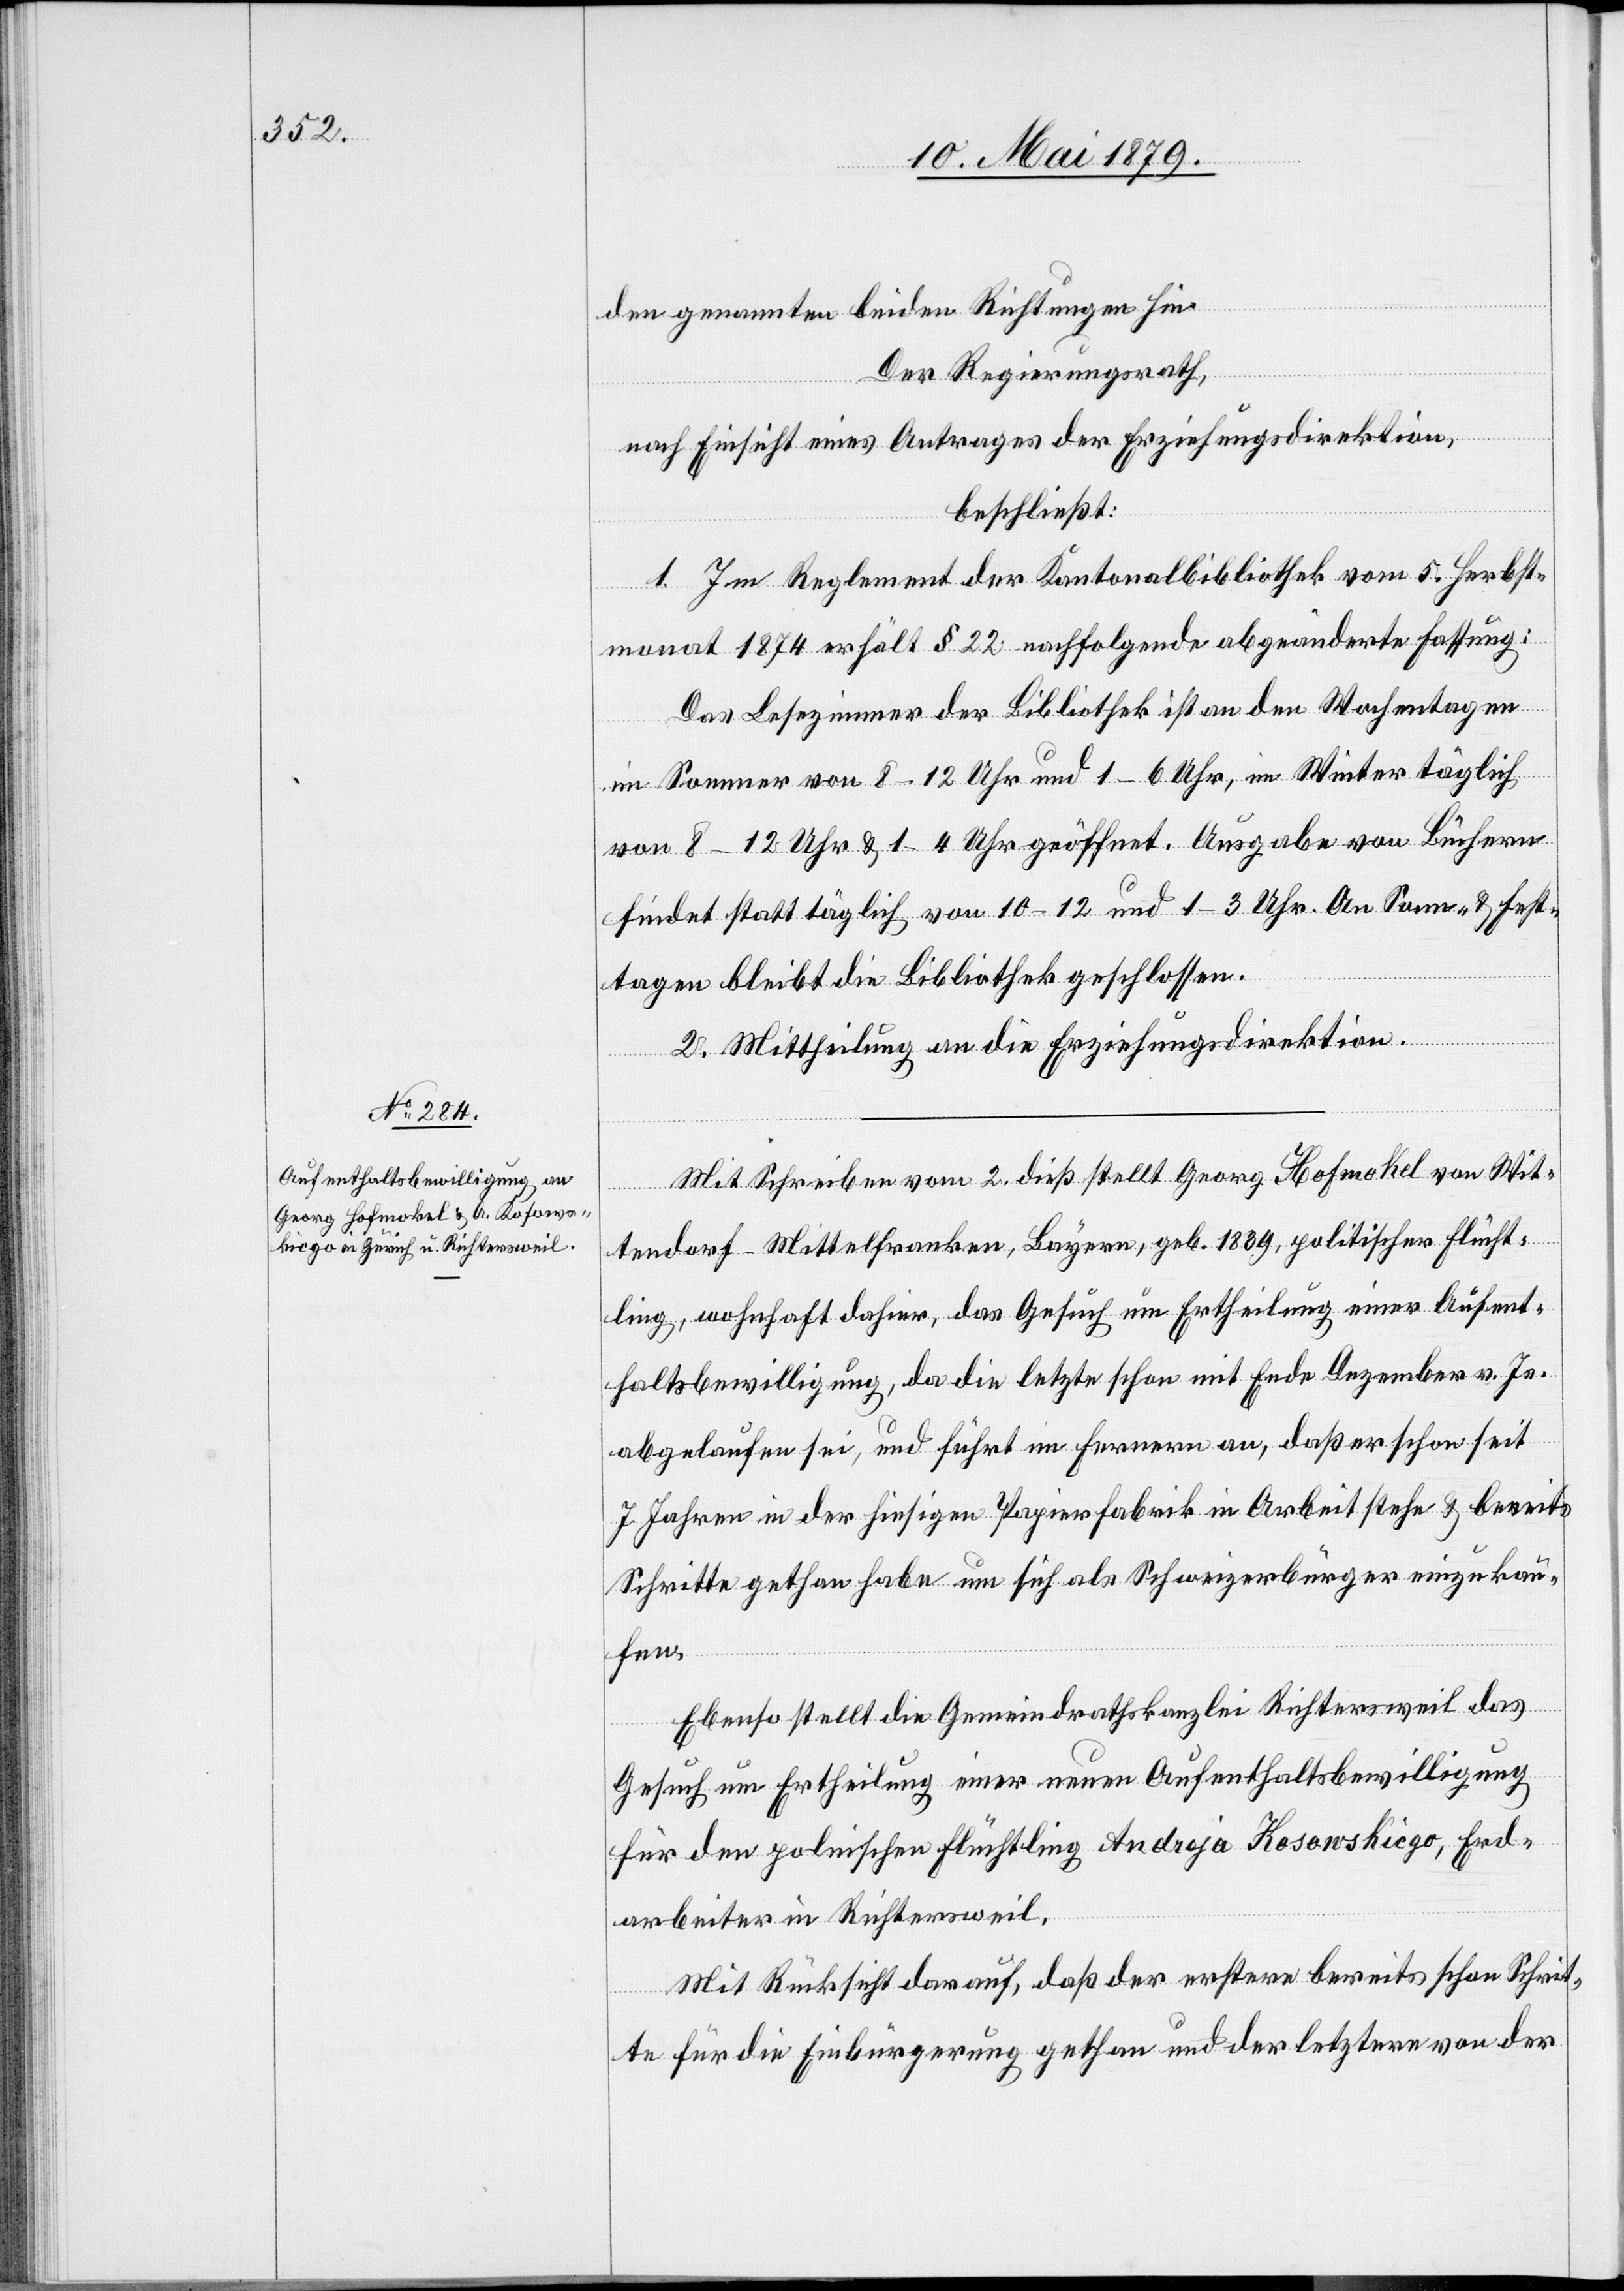
den genannten beiden Richtungen hin.
Der Regierungsrath,
nach Einsicht eines Antrages der Erziehungsdirektion,
beschließt:
1. Im Reglement der Kantonalbibliothek vom 5. Herbst¬
monat 1874 erhält § 22 nachfolgende abgeänderte Fassung:
Das Lesezimmer der Bibliothek ist an den Wochentagen
im Sommer von 8–12 Uhr und 1–6 Uhr, im Winter täglich
von 8–12 Uhr & 1–4 Uhr geöffnet. Ausgabe von Büchern
findet statt täglich von 10–12 und 1–3 Uhr. An Sonn- & Fest¬
tagen bleibt die Bibliothek geschlossen.
2. Mittheilung an die Erziehungsdirektion.
Mit Schreiben vom 2. dieß stellt Georg Hofmokel von Wit¬
tendorf – Mittelfranken, Bayern, geb. 1839, politischer Flücht¬
ling, wohnhaft dahier, das Gesuch um Ertheilung einer Aufent¬
haltsbewilligung, da die letzte schon mit Ende Dezember v. Js.
abgelaufen sei, und führt im Fernern an, daß er schon seit
7 Jahren in der hiesigen Papierfabrik in Arbeit stehe & bereits
Schritte gethan habe um sich als Schweizerbürger einzukau¬
fen.
Ebenso stellt die Gemeindrathskanzlei Richtersweil das
Gesuch um Ertheilung einer neuen Aufenthaltsbewilligung
für den polnischen Flüchtling Andreja Kosowskicgo, Erd¬
arbeiter in Richtersweil.
Mit Rücksicht darauf, daß der erstere bereits schon Schrit¬
te für die Einbürgerung gethan und der letztere von der